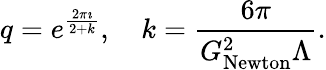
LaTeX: q=e^{\frac{2\pi\imath}{2+k}},\quad k=\frac{6\pi}{G_{\mathrm{Newton}}^{2}\Lambda}.